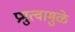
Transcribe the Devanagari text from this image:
प्रभुत्वामुळे